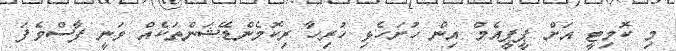
މި ކޮމިޓީ އަށް ޕީޕީއެމް އިން ހުށަހެޅި ހުރިހާ ރިކޮމެންޑޭޝަންތަކެއް ވަނީ ފާސްވެފަ